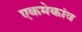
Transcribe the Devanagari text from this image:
एकमेकांव